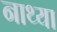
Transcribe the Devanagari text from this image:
नाथ्या